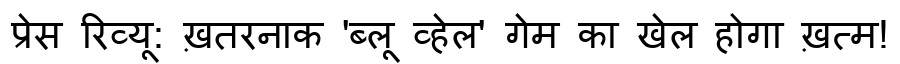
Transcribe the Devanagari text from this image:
प्रेस रिव्यू: ख़तरनाक 'ब्लू व्हेल' गेम का खेल होगा ख़त्म!